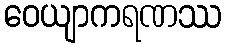
ဝေယျာကရဏဿ